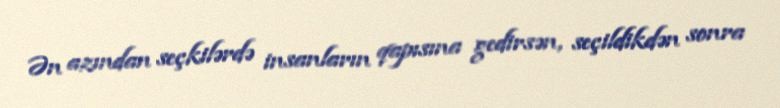
Ən azından seçkilərdə insanların qapısına gedirsən, seçildikdən sonra